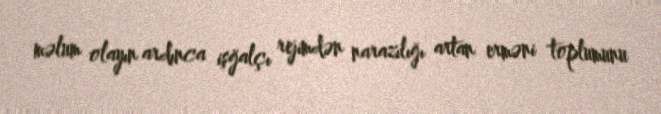
məlum olayın ardınca işğalçı rejimdən narazılığı artan erməni toplumunu